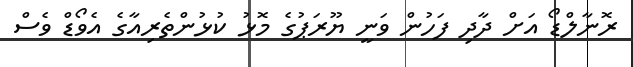
ރޮނާލްޑޯ އަށް ދާދި ފަހުން ވަނީ ޔޫރަޕުގެ މޮޅު ކުޅުންތެރިއާގެ އެވޯޑް ވެސް